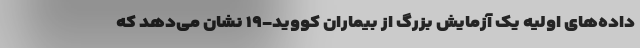
داده‌های اولیه یک آزمایش بزرگ از بیماران کووید-۱۹ نشان می‌دهد که